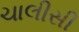
ચાલીસી